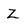
Character: Z